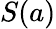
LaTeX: S(a)